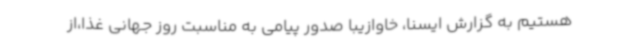
هستیم به گزارش ایسنا، خاوازیبا صدور پیامی به مناسبت روز جهانی غذا،از